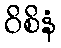
ဝိစိနံ